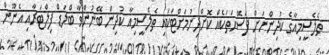
ތެލެސީމިއާގެ ކުދިންނަށް ފަސޭހަތަކެއް ކޮށްދިނުމަށްޓަކައި ތެލެސީމިއާ ކުދިން ބޭނުންވާ ބްލަޑް ފިލްޓަރާއި އެނޫން